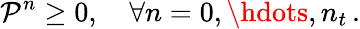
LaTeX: \mathcal P^{n}\ge 0,\quad\forall n=0,\hdots,n_{t}\, .